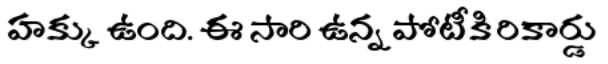
హక్కు ఉంది. ఈ సారి ఉన్న పోటీకి రికార్డు